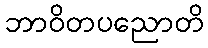
ဘာဝိတပညောတိ